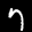
Label: 7